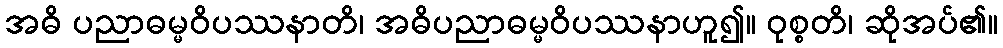
အဓိ ပညာဓမ္မဝိပဿနာတိ၊ အဓိပညာဓမ္မဝိပဿနာဟူ၍။ ဝုစ္စတိ၊ ဆိုအပ်၏။